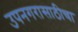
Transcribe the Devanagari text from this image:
उपनगरासाठीचा